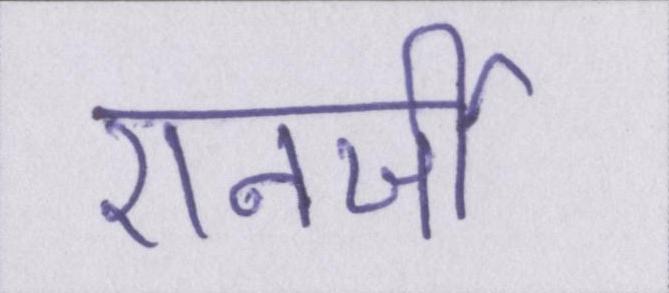
एनर्जी